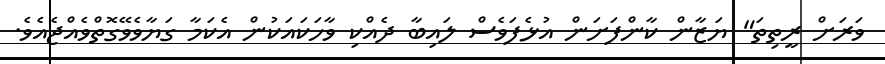
ވަރަށް ރީތިތަ" ޔަޒާން ކާންފަށަން އުޅެފަވެސް ލައިބާ ދެއްކި ވާހަކައަކުން އެކަމާ ގަޔާވެވޭގޮތްވެއްޖެއެވެ.